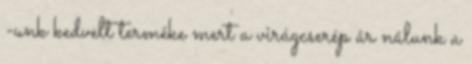
-unk kedvelt terméke mert a virágcserép ár nálunk a